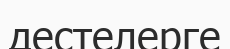
дестелерге